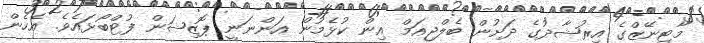
މާޓިނޭޒްގެ އިރުޝާދުގެ ދަށުން ބެލްޖިއަމް އިން ކުޅެމުން އަންނަނީ ޕޮޒިޝަން ފުޓްބޯޅައެވެ. އެހެން